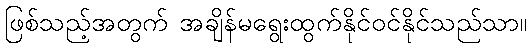
ဖြစ်သည့်အတွက် အချိန်မရွေးထွက်နိုင်ဝင်နိုင်သည်သာ။